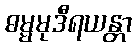
ဓမ္မမုဒီရယန္တာ